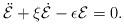
LaTeX: \begin{align*} \ddot{\mathcal E} + \xi \dot{\mathcal E} - \epsilon {\mathcal E} = 0.\end{align*}